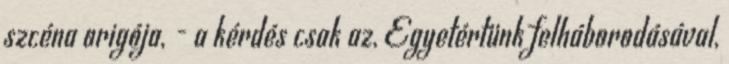
szcéna origója, - a kérdés csak az, Egyetértünk felháborodásával,